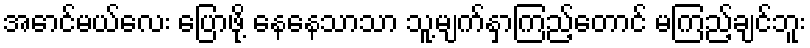
အောင်မယ်လေး ပြောဖို့ နေနေသာသာ သူ့မျက်နှာကြည့်တောင် မကြည့်ချင်ဘူး